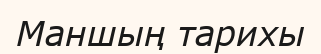
Маншың тарихы